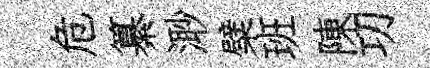
危纂𣺌檗班陳㓛